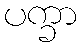
ပက္ခာ